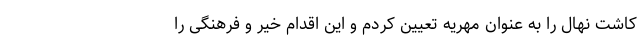
کاشت نهال را به عنوان مهریه تعیین کردم و این اقدام خیر و فرهنگی را